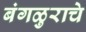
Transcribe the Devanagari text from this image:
बंगळुराचे